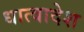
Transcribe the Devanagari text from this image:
धात्वादेश